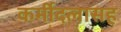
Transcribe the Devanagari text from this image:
कर्मीदलासह